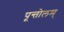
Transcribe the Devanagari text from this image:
पून्तोलम्